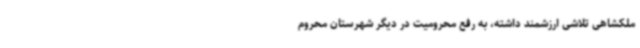
ملکشاهی تلاشی ارزشمند داشته، به رفع محرومیت در دیگر شهرستان محروم